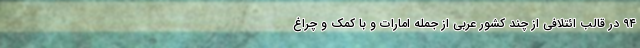
۹۴ در قالب ائتلافی از چند کشور عربی از جمله امارات و با کمک و چراغ